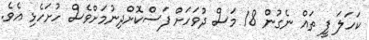
ކަހަލަ ފީ ތައް ނެގުން 18 މަސް ދުވަހަށް ފަސްކޮށްދިނުމަށްވެސް ހުށަހެޅި އެވެ.